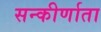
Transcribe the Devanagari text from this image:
सन्कीर्णाता